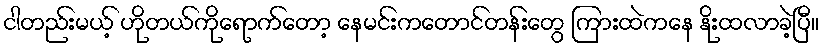
ငါတည်းမယ့် ဟိုတယ်ကိုရောက်တော့ နေမင်းကတောင်တန်းတွေ ကြားထဲကနေ နိုးထလာခဲ့ပြီ။